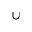
\cup